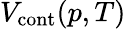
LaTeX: V_{\mathrm{cont}}(p,T)